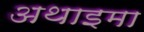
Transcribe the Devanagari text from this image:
अथाइमा